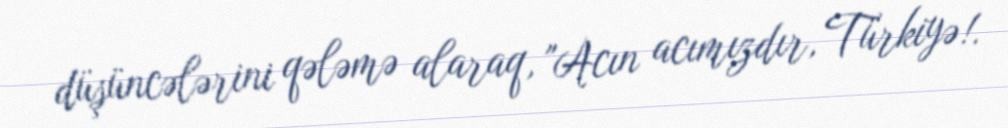
düşüncələrini qələmə alaraq, "Acın acımızdır, Türkiyə!.